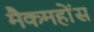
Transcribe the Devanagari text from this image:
मैकमहोंस